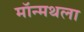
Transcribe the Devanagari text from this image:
मॉन्मथला